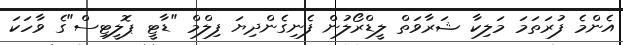
އެންމެ ފުރަތަމަ މަލިކާ ޝަރާވަތް ލީޑްރޯލުން ފެނިގެންދިޔަ ފިލްމް "ޑާޓީ ޕޮލީޓިސް"ގެ ވާހަކަ